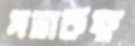
সভাকক্ষ